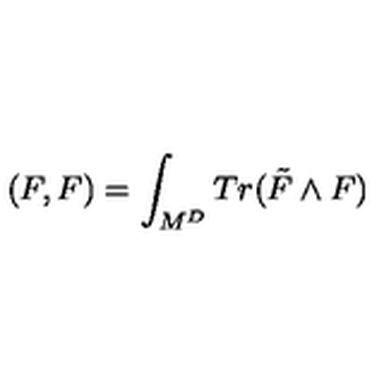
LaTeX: ( F , F ) = \int _ { M ^ { D } } T r ( \tilde { F } \wedge F )